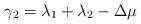
\begin{align*}\gamma_2 = \lambda_1 + \lambda_2 - \Delta\mu\end{align*}